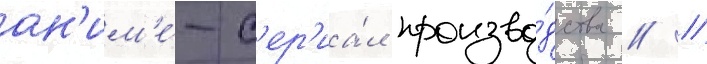
ан'им'е́-с'ер'иа́л произво́дства // /